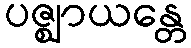
ပဇ္ဈာယန္တေ